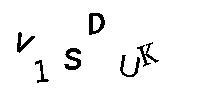
V1SDUK